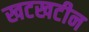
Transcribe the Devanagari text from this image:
खटखटीन